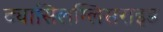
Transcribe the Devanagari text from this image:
ट्यासिलग्लिसराइड